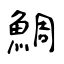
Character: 鯛